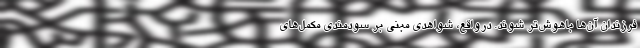
فرزندان آن‌ها باهوش‌تر شوند. درواقع، شواهدی مبنی بر سودمندی مکمل‌های